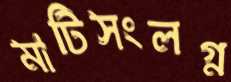
মাটিসংলগ্ন